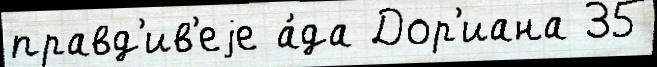
правд'ив'еjе а́да Дор'иана 35